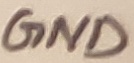
Text: GND